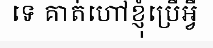
ទេ គាត់ហៅខ្ញុំប្រើអ្វី